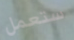
ستعمل